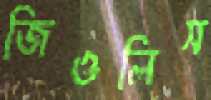
জিওলিস